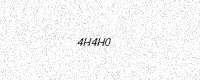
Text: 4H4H0